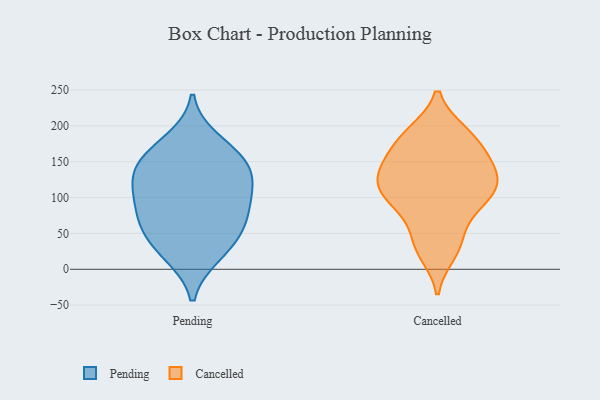
{"axis": {"x": "Humidity (%)", "y": "Value"}, "legend": ["Cancelled", "Pending"], "data": [{"x": "", "y": 94, "type": "Pending"}, {"x": "", "y": 128, "type": "Pending"}, {"x": "", "y": 103, "type": "Pending"}, {"x": "", "y": 56, "type": "Pending"}, {"x": "", "y": 140, "type": "Pending"}, {"x": "", "y": 130, "type": "Pending"}, {"x": "", "y": 93, "type": "Pending"}, {"x": "", "y": 61, "type": "Pending"}, {"x": "", "y": 180, "type": "Pending"}, {"x": "", "y": 159, "type": "Pending"}, {"x": "", "y": 155, "type": "Pending"}, {"x": "", "y": 20, "type": "Pending"}, {"x": "", "y": 25, "type": "Pending"}, {"x": "", "y": 59, "type": "Pending"}, {"x": "", "y": 139, "type": "Cancelled"}, {"x": "", "y": 136, "type": "Cancelled"}, {"x": "", "y": 99, "type": "Cancelled"}, {"x": "", "y": 188, "type": "Cancelled"}, {"x": "", "y": 190, "type": "Cancelled"}, {"x": "", "y": 110, "type": "Cancelled"}, {"x": "", "y": 168, "type": "Cancelled"}, {"x": "", "y": 37, "type": "Cancelled"}, {"x": "", "y": 23, "type": "Cancelled"}, {"x": "", "y": 35, "type": "Cancelled"}, {"x": "", "y": 91, "type": "Cancelled"}, {"x": "", "y": 125, "type": "Cancelled"}, {"x": "", "y": 73, "type": "Cancelled"}, {"x": "", "y": 145, "type": "Cancelled"}, {"x": "", "y": 164, "type": "Cancelled"}, {"x": "", "y": 129, "type": "Cancelled"}, {"x": "", "y": 100, "type": "Cancelled"}, {"x": "", "y": 111, "type": "Cancelled"}, {"x": "", "y": 189, "type": "Cancelled"}]}